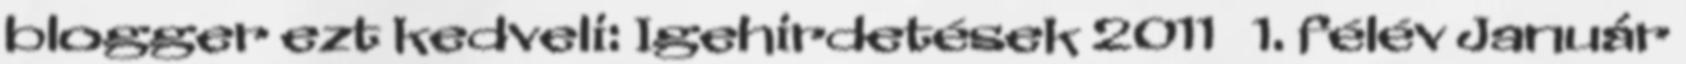
blogger ezt kedveli: Igehirdetések 2011 1. félév Január